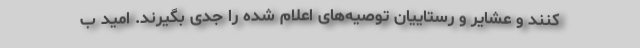
کنند و عشایر و رستاییان توصیه‌های اعلام شده را جدی بگیرند. امید ب